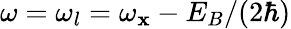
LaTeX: {\omega=\omega_{l}=\omega_{\mathbf{x}}-E_{B}/(2\hbar)}